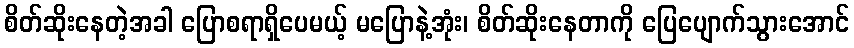
စိတ်ဆိုးနေတဲ့အခါ ပြောစရာရှိပေမယ့် မပြောနဲ့အုံး၊ စိတ်ဆိုးနေတာကို ပြေပျောက်သွားအောင်